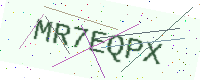
Text: MR7EQPX